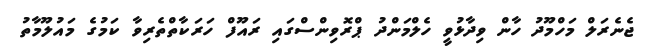
ޖެނެރަލް މަހްމޫދު ހާން ވިދާޅުވީ ހެލްމަންދު ޕްރޮވިންސްގައި ރައޫފް ހަރަކާތްތެރިވާ ކަމުގެ މައުލޫމާތު